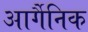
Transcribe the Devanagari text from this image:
आर्गैनिक